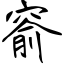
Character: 窬